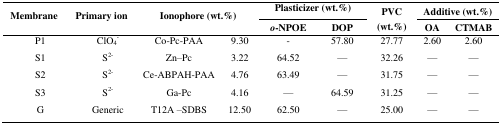
| <ROWSPAN=2> Membrane | <ROWSPAN=2> Primary ion | <ROWSPAN=2-COLSPAN=2> Ionophore (wt.%) | <COLSPAN=2> Plasticizer (wt.%) | <ROWSPAN=2> PVC (wt.%) | <COLSPAN=2> Additive (wt.%) |
 | o-NPOE | DOP | OA | CTMAB |
 | --- | --- | --- | --- | --- | --- | --- | --- | --- |
 | P1 | ClO4− | Co-Pc-PAA | 9.30 | - | 57.80 | 27.77 | 2.60 | 2.60 |
 | S1 | S2− | Zn–Pc | 3.22 | 64.52 | — | 32.26 | — | — |
 | S2 | S2− | Ce-ABPAH-PAA | 4.76 | 63.49 | — | 31.75 | — | — |
 | S3 | S2− | Ga-Pc | 4.16 | — | 64.59 | 31.25 | — | — |
 | G | Generic | T12A –SDBS | 12.50 | 62.50 | — | 25.00 | — | — |